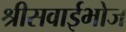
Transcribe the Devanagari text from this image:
श्रीसवाईभोज